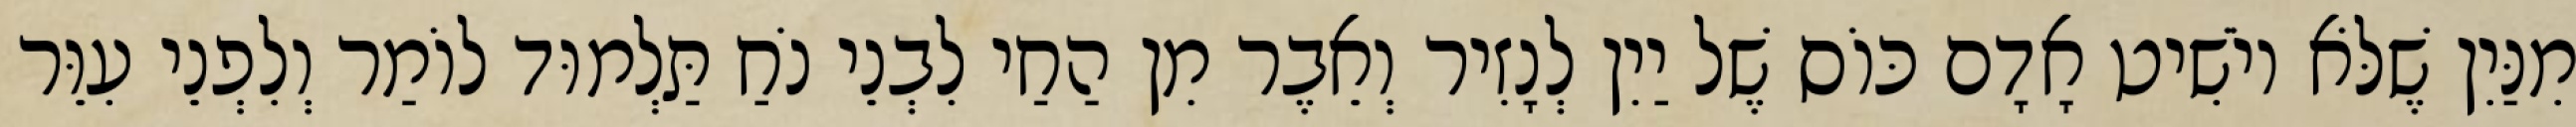
מִנַּיִן שֶׁלֹּא יוֹשִׁיט אָדָם כּוֹס שֶׁל יַיִן לְנָזִיר וְאֵבֶר מִן הַחַי לִבְנֵי נֹחַ תַּלְמוּד לוֹמַר וְלִפְנֵי עִוֵּר